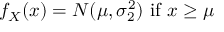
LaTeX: f _ { X } ( x ) = N ( \mu , \sigma _ { 2 } ^ { 2 } ) { \mathrm { ~ i f ~ } } x \geq \mu